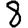
Digit: 8